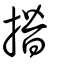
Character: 揝